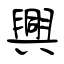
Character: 興